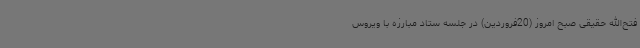
فتح‌الله حقیقی صبح امروز (20فروردین) در جلسه ستاد مبارزه با ویروس